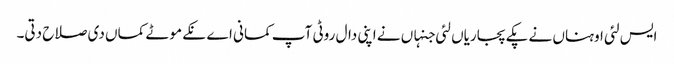
ایس لئی اوہناں نے پکے پجاریاں لئی جنہاں نے اپنی دال روٹی آپ کمانی اے نکے موٹے کماں دی صلاح دتی۔